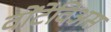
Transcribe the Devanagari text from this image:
वोंटेविअस